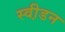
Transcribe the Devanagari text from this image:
स्वी़डन